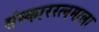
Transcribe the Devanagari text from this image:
संस्काररत्नमाला